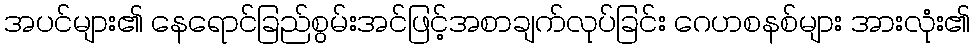
အပင်များ၏ နေရောင်ခြည်စွမ်းအင်ဖြင့်အစာချက်လုပ်ခြင်း ဂေဟစနစ်များ အားလုံး၏